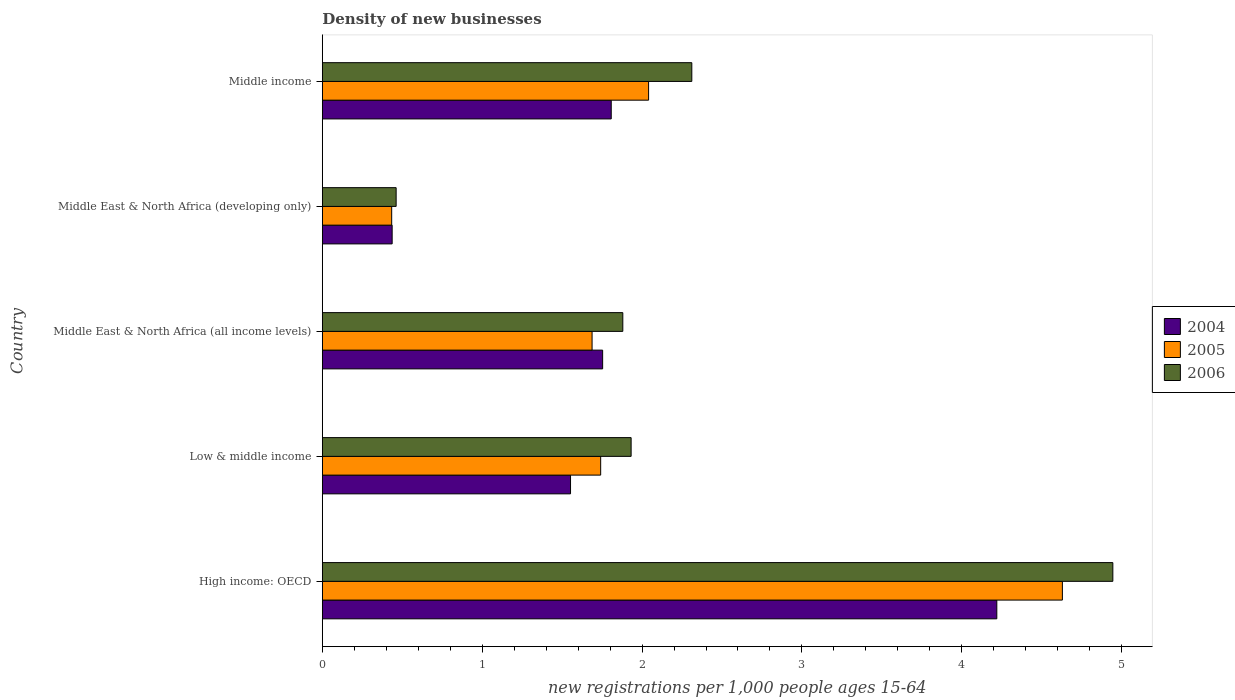
| Country | 2004 | 2005 | 2006 |
 | --- | --- | --- | --- |
 | High income: OECD | 4.22 | 4.63 | 4.94 |
 | Low & middle income | 1.55 | 1.74 | 1.93 |
 | Middle East & North Africa (all income levels) | 1.75 | 1.69 | 1.88 |
 | Middle East & North Africa (developing only) | 0.437 | 0.434 | 0.462 |
 | Middle income | 1.81 | 2.04 | 2.31 |